Senior Leaving Certificate Examination (including Day School Certificate (Higher) General paper), 1950
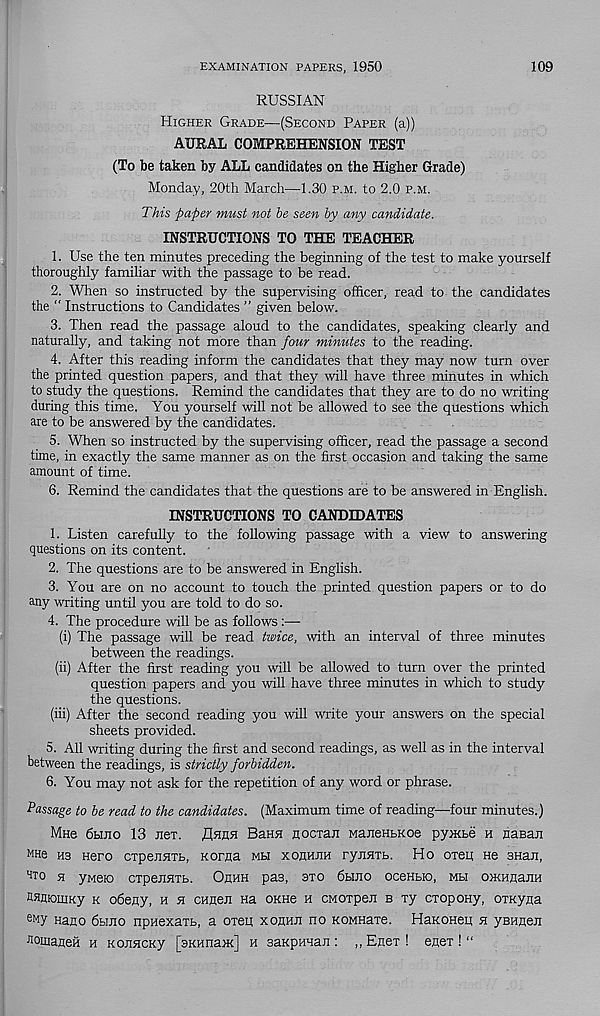
EXAMINATION PAPERS, 1950
109
RUSSIAN
Higher Grade—(Second Paper (a))
AURAL COMPREHENSION TEST
(To be taken by ALL candidates on the Higher Grade)
Monday, 20th March—1.30 p.m. to 2.0 p.m.
This paper must not be seen by any candidate.
INSTRUCTIONS TO THE TEACHER
1. Use the ten minutes preceding the beginning of the test to make yourself
thoroughly familiar with the passage to be read.
2. When so instructed by the supervising officer, read to the candidates
the “ Instructions to Candidates ” given below.
3. Then read the passage aloud to the candidates, speaking clearly and
naturally, and taking not more than four minutes to the reading.
4. After this reading inform the candidates that they may now turn over
the printed question papers, and that they will have three minutes in which
to study the questions. Remind the candidates that they are to do no writing
during this time. You yourself will not be allowed to see the questions which
are to be answered by the candidates.
5. When so instructed by the supervising officer, read the passage a second
time, in exactly the same manner as on the first occasion and taking the same
amount of time.
6. Remind the candidates that the questions are to be answered in English.
INSTRUCTIONS TO CANDIDATES
1. Listen carefully to the following passage with a view to answering
questions on its content.
2. The questions are to be answered in English.
3. You are on no account to touch the printed question papers or to do
any writing until you are told to do so.
4. The procedure will be as follows:—
(i) The passage will be read twice, with an interval of three minutes
between the readings.
(ii) After the first reading you will be allowed to turn over the printed
question papers and you will have three minutes in which to study
the questions.
(hi) After the second reading you will write your answers on the special
sheets provided.
5. All writing during the first and second readings, as well as in the interval
between the readings, is strictly forbidden.
6. You may not ask for the repetition of any word or phrase.
Passage to be read to the candidates. (Maximum time of reading—four minutes.)
Mne 6ujio 13 net.
Bann nociaji ManeHbKoe pyxcbe h nasan
MHe ns Hero cxpenHTb, Korua mh xoqhjih ryjiHTb. Ho oxen He anaji,
^to h yweio cxpejiHTb. Orhh pas, oxo 6buio oceHbio, mu oxuinajiH
CHflioniKy k odeoy, h h cuaen na okhc h CMOxpen b xy cxopoHy, OTKyna
e My Kano dbino npHexaxb, a oxep xokhji no KOMHaxe. HanoHep n ysHflen
■ Nomaflen h KonncKy [aKHnajK] h saKpunaji: ,, Enex ! enex ! “